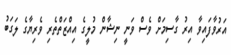
އަރުވާފައިވާ އިރު ގާސިމަށް ވެސް ވަނީ ނިޝާން މުލީގެ އިއްޒަތްތެރި ވެރިޔާގެ ލަގަބު